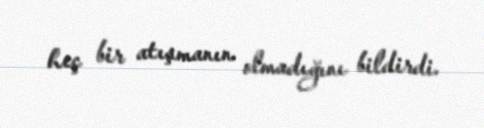
heç bir atışmanın olmadığını bildirdi.